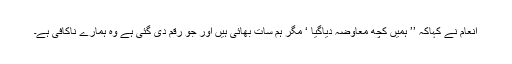
انعام نے کہاکہ ’’ ہمیں کچھ معاوضہ دیاگیا ‘ مگر ہم سات بھائی ہیں اور جو رقم دی گئی ہے وہ ہمارے ناکافی ہے۔